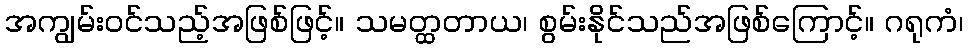
အကျွမ်းဝင်သည့်အဖြစ်ဖြင့်။ သမတ္ထတာယ၊ စွမ်းနိုင်သည်အဖြစ်ကြောင့်။ ဂရုကံ၊